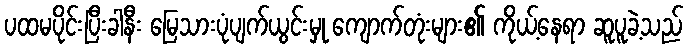
ပထမပိုင်းပြီးခါနီး မြေသားပုံပျက်ယွင်းမှု ကျောက်တုံးများ၏ ကိုယ့်နေရာ ဆူပူခဲ့သည်